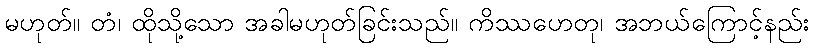
မဟုတ်။ တံ၊ ထိုသို့သော အခါမဟုတ်ခြင်းသည်။ ကိဿဟေတု၊ အဘယ်ကြောင့်နည်း